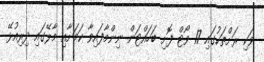
ވަކި ރަށްތަކުގައި 17 ވޯޓް ފޮށި ބަހައްޓަން ނިންމާފައިވާ ކަމަށާއި މާލޭގައި ދިރިއުޅޭ